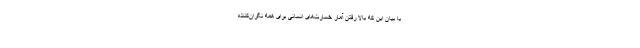
با بیان این که بالا رفتن آمار خسارت‌های انسانی برای همه نگران‌کننده